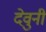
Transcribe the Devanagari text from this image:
देवुनी